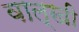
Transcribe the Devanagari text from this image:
वाल्खी